Madras plague regulations in force outside the Presidency town - Volume 1
Disease focus: Plague
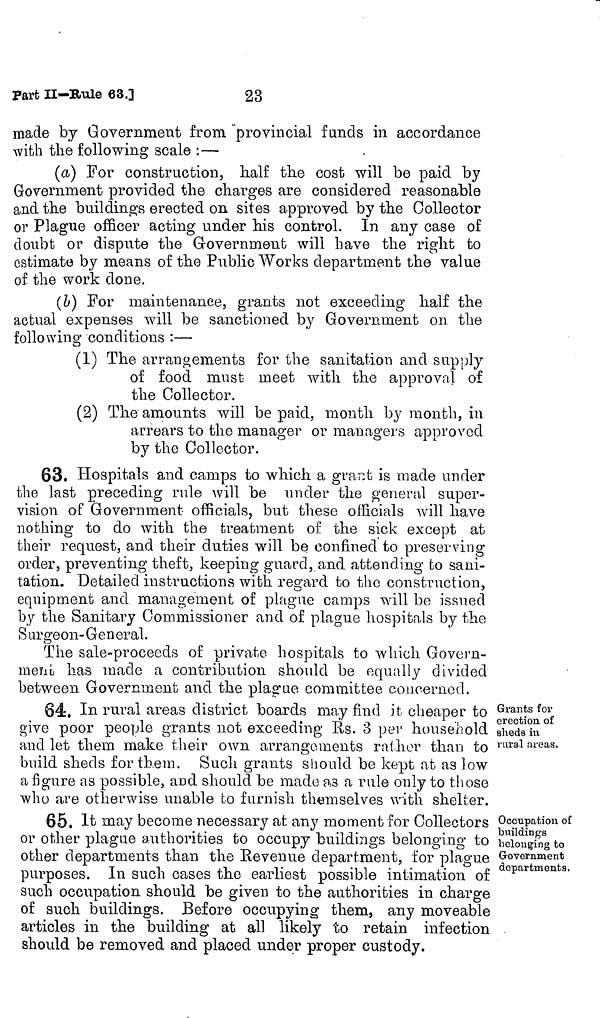
23
Part II—Rule 63.]
made by Government from provincial funds in accordance
with the following scale :—
(a) For construction, half the cost will be paid by
Government provided the charges are considered reasonable
and the buildings erected on sites approved by the Collector
or Plague officer acting under his control. In any case of
doubt or dispute the Government will have the right to
estimate by means of the Public Works department the value
of the work done.
(b) For maintenance, grants not exceeding half the
actual expenses will be sanctioned by Government on the
following conditions :—
(1) The arrangements for the sanitation and supply
of food must meet with the approval of
the Collector.
(2) The amounts will be paid, month by month, in
arrears to the manager or managers approved
by the Collector.
63. Hospitals and camps to which a grant is made under
the last preceding rule will be under the general super-
vision of Government officials, but these officials will have
nothing to do with the treatment of the sick except at
their request, and their duties will be confined to preserving
order, preventing theft, keeping guard, and attending to sani-
tation. Detailed instructions with regard to the construction,
equipment and management of pingue camps will be issued
by the Sanitary Commissioner and of plague hospitals by the
Surgeon-General.
The sale-proceeds of private hospitals to which Govern-
ment, has made a contribution should be equally divided
between Government and the plague committee concerned.
Grants for
erection, of
sheds in.
rural areas.
64, In rural areas district boards may find it cheaper to
give poor people grants not exceeding Es. 3 per household
and let them make their own arrangements rather than to
build sheds for them. Such grants should be kept at as low
a figure as possible, and should be made as a rule only to those
who are otherwise unable to furnish themselves with shelter.
Occupation of
buildings
belonging to
Government
departments.
65. It may become necessary at any moment for Collectors
or other plague authorities to occupy buildings belonging to
other departments than the Revenue department, for plague
purposes. In such cases the earliest possible intimation of
such occupation should be given to the authorities in charge
of such buildings. Before occupying them any moveable
articles in the building at all likely to retain infection
should be removed and placed under proper custody.